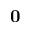
\mathbf { 0 }